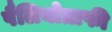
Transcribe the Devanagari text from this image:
पैलियोग्राफी